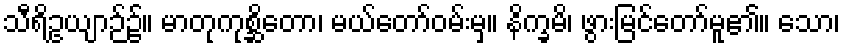
သီရိဥယျာဉ်၌။ မာတုကုစ္ဆိတော၊ မယ်တော်ဝမ်းမှ။ နိက္ခမိ၊ ဖွားမြင်တော်မူ၏။ သော၊